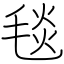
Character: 毯